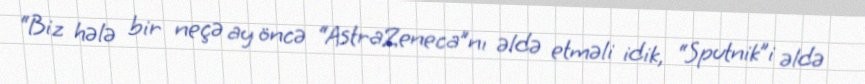
“Biz hələ bir neçə ay öncə “AstraZeneca”nı əldə etməli idik, “Sputnik”i əldə